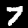
Label: 7